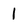
Character: 1